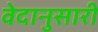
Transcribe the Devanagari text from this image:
वेदानुसारी